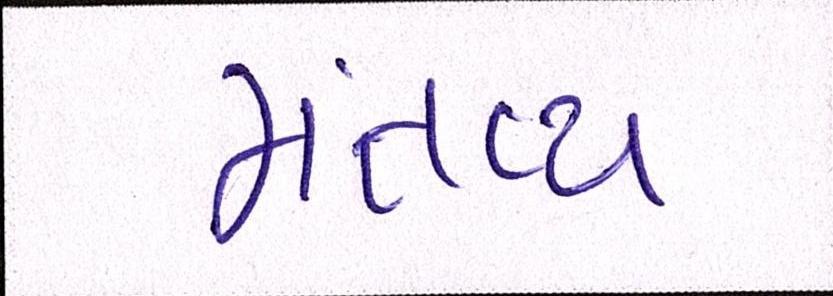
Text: મંતવ્ય